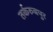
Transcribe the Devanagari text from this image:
तर्करुबपुर